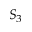
S _ { 3 }